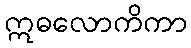
ဣဓလောကိကာ